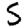
Digit: 5